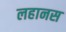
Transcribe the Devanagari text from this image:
लहानस